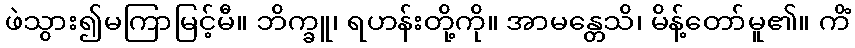
ဖဲသွား၍မကြာမြင့်မီ။ ဘိက္ခူ၊ ရဟန်းတို့ကို။ အာမန္တေသိ၊ မိန့်တော်မူ၏။ ကိံ